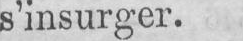
s’insurger.